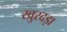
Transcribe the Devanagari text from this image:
खुरदड़ा